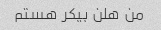
من هلن بیکر هستم